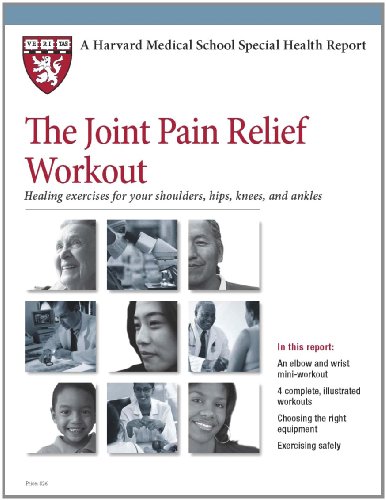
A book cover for Harvard Medical School The Joint Pain Relief Workout: Healing exercises for your shoulders, hips, knees, and ankles (Harvard Medical School Special Health Reports); Edward M. Phillips; Health, Fitness & Dieting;